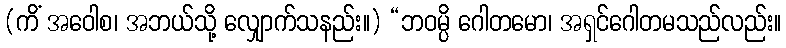
(ကိံ အဝေါစ၊ အဘယ်သို့ လျှောက်သနည်း။) “ဘဝမ္ပိ ဂေါတမော၊ အရှင်ဂေါတမသည်လည်း။